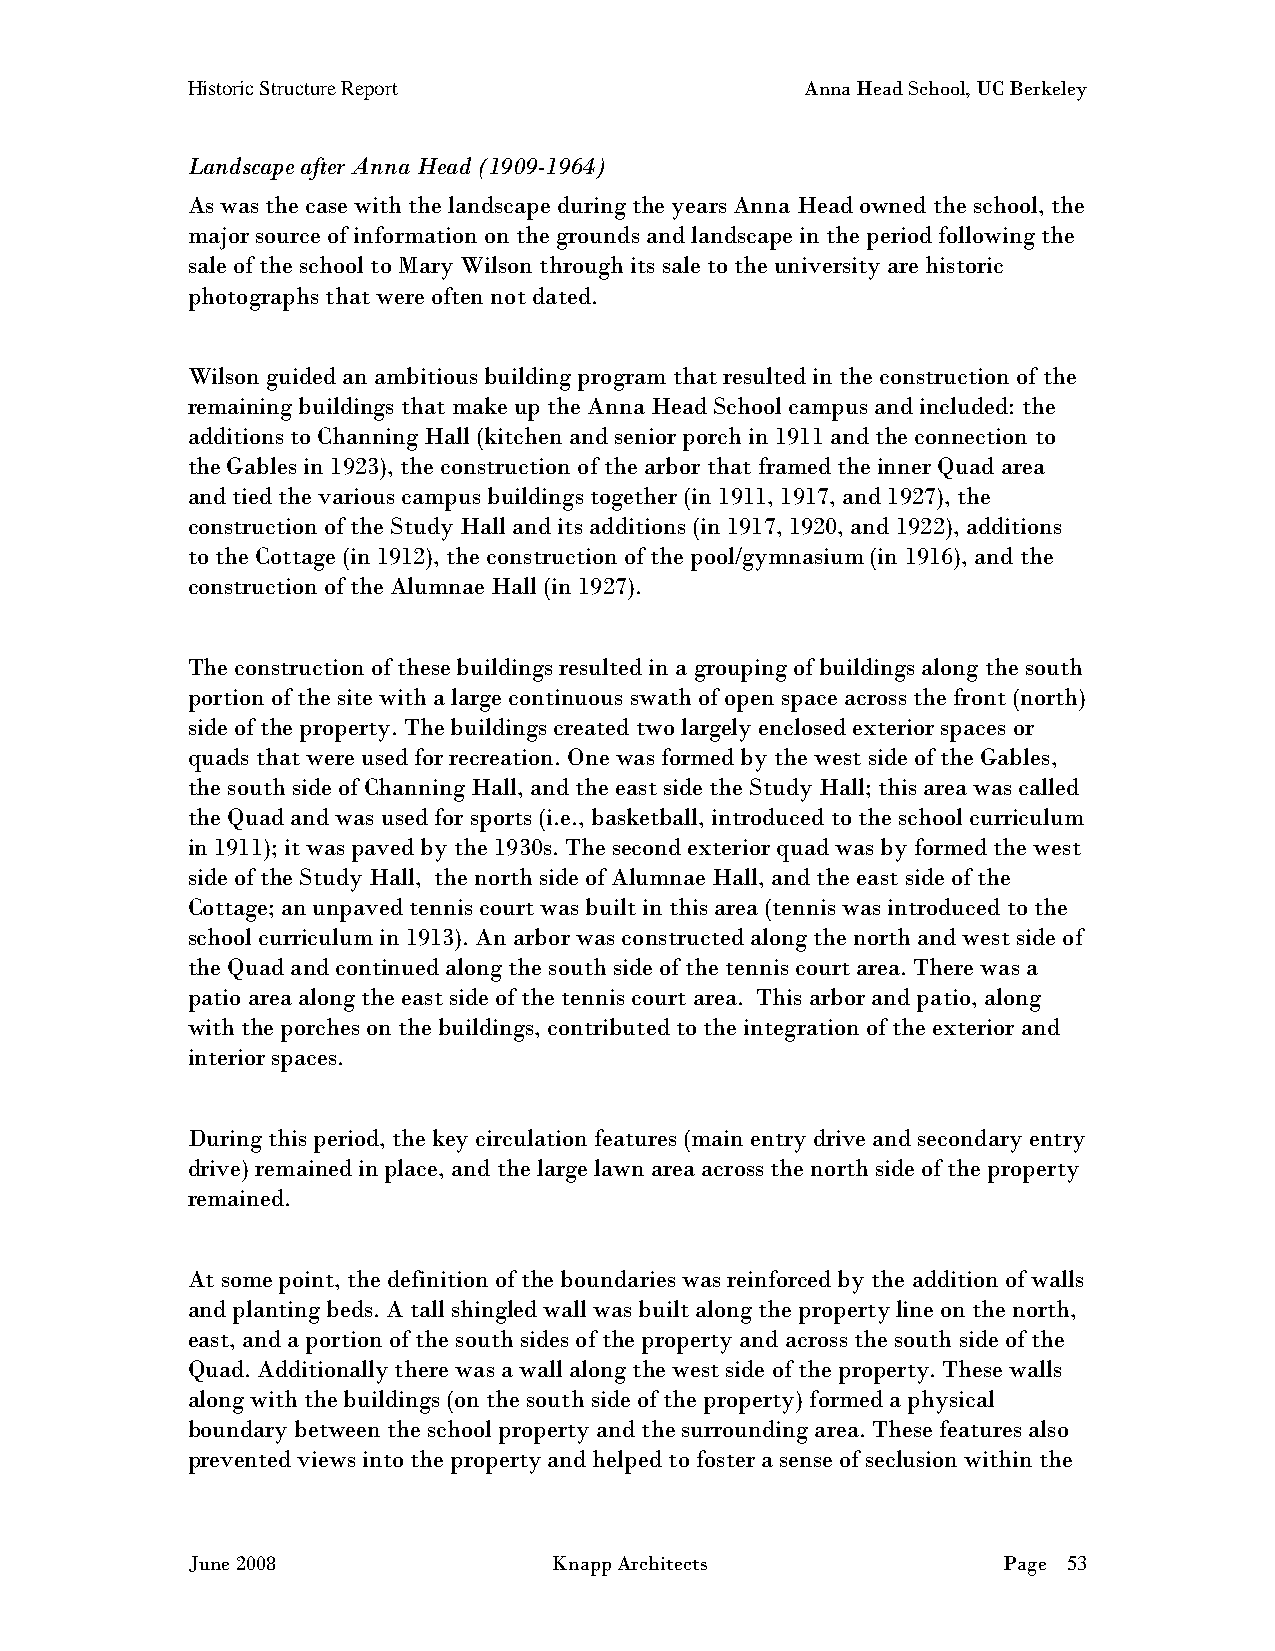
Historic Structure Report                Anna Head School, UC Berkeley
 Landscape after Anna Head (1909-1964)
 As was the case with the landscape during the years Anna Head owned the school, the
 major source of information on the grounds and landscape in the period following the
 sale of the school to Mary Wilson through its sale to the university are historic
 photographs that were often not dated.
 Wilson guided an ambitious building program that resulted in the construction of the
 remaining buildings that make up the Anna Head School campus and included: the
 additions to Channing Hall (kitchen and senior porch in 1911 and the connection to
 the Gables in 1923), the construction of the arbor that framed the inner Quad area
 and tied the various campus buildings together (in 1911, 1917, and 1927), the
 construction of the Study Hall and its additions (in 1917, 1920, and 1922), additions
 to the Cottage (in 1912), the construction of the pool/gymnasium (in 1916), and the
 construction of the Alumnae Hall (in 1927).
 The construction of these buildings resulted in a grouping of buildings along the south
 portion of the site with a large continuous swath of open space across the front (north)
 side of the property. The buildings created two largely enclosed exterior spaces or
 quads that were used for recreation. One was formed by the west side of the Gables,
 the south side of Channing Hall, and the east side the Study Hall; this area was called
 the Quad and was used for sports (i.e., basketball, introduced to the school curriculum
 in 1911); it was paved by the 1930s. The second exterior quad was by formed the west
 side of the Study Hall, the north side of Alumnae Hall, and the east side of the
 Cottage; an unpaved tennis court was built in this area (tennis was introduced to the
 school curriculum in 1913). An arbor was constructed along the north and west side of
 the Quad and continued along the south side of the tennis court area. There was a
 patio area along the east side of the tennis court area. This arbor and patio, along
 with the porches on the buildings, contributed to the integration of the exterior and
 interior spaces.
 During this period, the key circulation features (main entry drive and secondary entry
 drive) remained in place, and the large lawn area across the north side of the property
 remained.
 At some point, the definition of the boundaries was reinforced by the addition of walls
 and planting beds. A tall shingled wall was built along the property line on the north,
 east, and a portion of the south sides of the property and across the south side of the
 Quad. Additionally there was a wall along the west side of the property. These walls
 along with the buildings (on the south side of the property) formed a physical
 boundary between the school property and the surrounding area. These features also
 prevented views into the property and helped to foster a sense of seclusion within the
 June 2008                Knapp Architects             Page 53